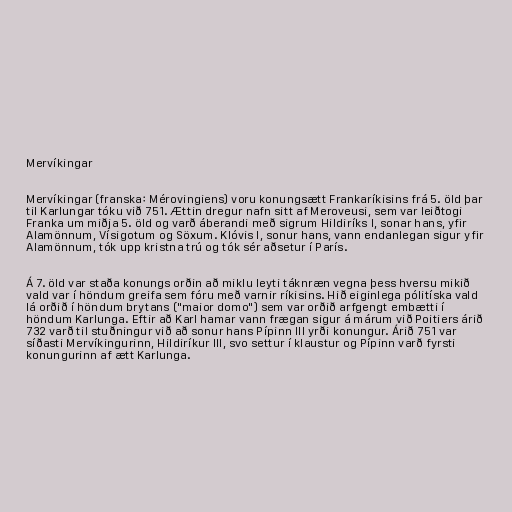
Mervíkingar

Mervíkingar (franska: Mérovingiens) voru konungsætt Frankaríkisins frá 5. öld þar
til Karlungar tóku við 751. Ættin dregur nafn sitt af Meroveusi, sem var leiðtogi
Franka um miðja 5. öld og varð áberandi með sigrum Hildiríks I, sonar hans, yfir
Alamönnum, Vísigotum og Söxum. Klóvis I, sonur hans, vann endanlegan sigur yfir
Alamönnum, tók upp kristna trú og tók sér aðsetur í París.

Á 7. öld var staða konungs orðin að miklu leyti táknræn vegna þess hversu mikið
vald var í höndum greifa sem fóru með varnir ríkisins. Hið eiginlega pólitíska vald
lá orðið í höndum brytans ("maior domo") sem var orðið arfgengt embætti í
höndum Karlunga. Eftir að Karl hamar vann frægan sigur á márum við Poitiers árið
732 varð til stuðningur við að sonur hans Pípinn III yrði konungur. Árið 751 var
síðasti Mervíkingurinn, Hildiríkur III, svo settur í klaustur og Pípinn varð fyrsti
konungurinn af ætt Karlunga.